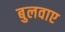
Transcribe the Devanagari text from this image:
बुलवाए